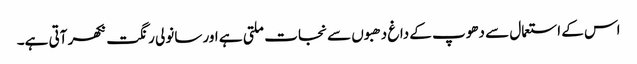
اس کے استعمال سے دھوپ کے داغ دھبوں سے نجات ملتی ہے اور سانولی رنگت نکھر آتی ہے۔